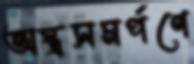
অস্ত্রসমর্পণে